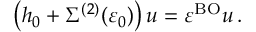
\left( h _ { 0 } + \Sigma ^ { ( 2 ) } ( \varepsilon _ { 0 } ) \right) u = \varepsilon ^ { \mathrm { B O } } u \, .